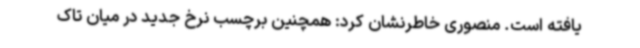
یافته است. منصوری خاطرنشان کرد: همچنین برچسب نرخ جدید در میان تاک